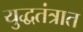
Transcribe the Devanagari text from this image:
युद्धतंत्रात